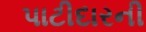
પાટીદારની